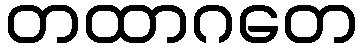
တထာဂတေ